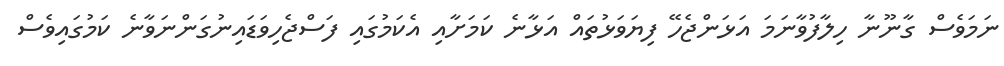
ނަމަވެސް ގާނޫނާ ހިލާފުވާނަމަ އަޅަންޖެހޭ ފިޔަވަޅުތައް އަޅާނެ ކަމަށާއި އެކަމުގައި ފަސްޖެހިވަޑައިނުގަންނަވާނެ ކަމުގައިވެސް